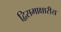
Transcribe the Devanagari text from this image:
द्विसमाक्षारीय